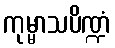
ကုမ္မာသပိဏ္ဍံ